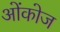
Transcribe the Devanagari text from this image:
ओंकोज